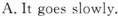
A. It goes slowly.